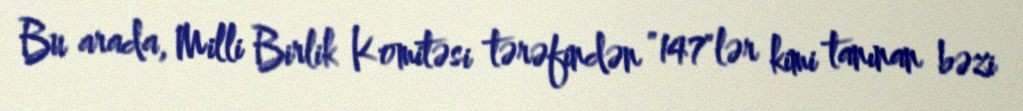
Bu arada, Milli Birlik Komitəsi tərəfindən "147"lər kimi tanınan bəzi